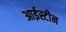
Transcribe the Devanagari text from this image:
आईस्टीन